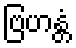
ဗြဟန္တံ